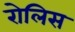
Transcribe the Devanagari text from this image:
रोलिस